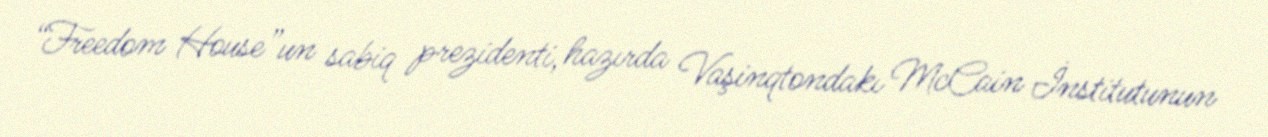
“Freedom House”un sabiq prezidenti, hazırda Vaşinqtondakı McCain İnstitutunun